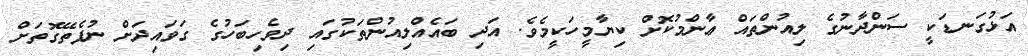
އަޅުގަނޑަކީ ސަންދާނުގެ ލިއުންތައް ޢާންމުކޮށް ކިޔާމީހަކީމެވެ. އަދި ބައެއްލިއުންތަކުގައި ދިވެހިބަހުގެ ގަވައިދަށް ނުފެތޭގޮތަށް